Lunatic asylums Central Provinces reports 1910-1926 - 1910-1926
Year: 1910
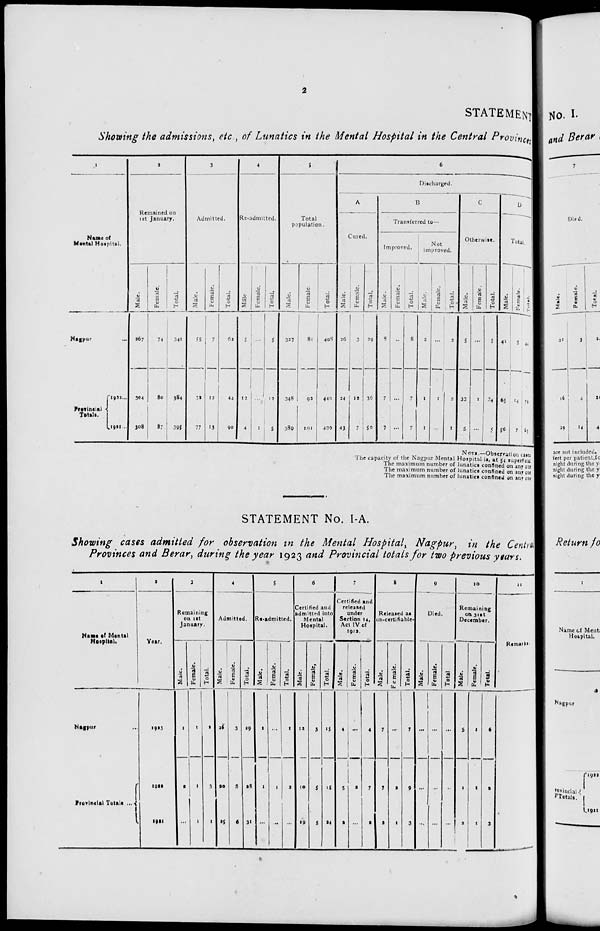
2
STATEMENT
Showing the admissions, etc., of Lunatics in the Mental Hospital in the Central Provinces
1
Name of
Mental Hospital.
Nagpur ...
Previncial
Totals.
1922 ...
1921 ...
2
Remained on
1 st January.
Male.
267
304
308
Female.
74
80
87
Total.
341
384
395
3
Admitted.
Male.
55
32
77
Female.
7
12
13
Total.
62
44
90
4
Re-admitted.
Māle
5
12
4
Female.
...
...
1
Total.
5
12
5
5
Total
population.
Male.
327
348
380
Female.
81
92
101
Total.
408
440
490
6
Discharged.
A
Cured.
Male.
26
24
43
Female.
3
12
7
Total.
29
36
50
B
Transferred to—
Improved.
Male.
8
7
7
Female.
...
...
...
Total.
8
7
7
Not
improved.
Male.
2
1
1
Female.
...
1
...
Total.
2
2
1
C
Otherwise.
Male.
5
33
5
Female.
...
1
...
Total.
5
34
5
D
Total.
Male.
41
65
56
Female.
3
14
7
Total.
44
79
63
NOTE.—Observation cases
The capacity of the Nagpur Mental Hospital is, at 54 superficial
The maximum number of lunatics confined on any one
The maximum number of lunatics confined on any one
The maximum number of lunatics confined on any one
STATEMENT No. I-A.
Showing cases admitted for observation in the Mental Hospital, Nagpur, in the Central
Provinces and Berar, during the year 1923 and Provincial totals for two previous years.
1
Name of Mental
Hospital.
Nagpur ...
Provincial Totals ...
2
Year.
1923
1922
1921
3
Remaining
on 1st
January.
Male.
1
2
...
Female.
1
1
1
Total.
2
3
1
4
Admitted.
Male.
26
20
25
Female.
3
8
6
Total.
29
28
31
5
Re-admitted.
Male.
1
1
...
Female.
...
1
...
Total.
1
2
...
6
Certified and
admitted into
Mental
Hospital.
Male.
12
10
19
Female.
3
5
5
Total.
15
15
24
7
Certified and
released
under
Section 14,
Act IV of
1912.
Male.
4
5
2
Female.
...
2
...
Total.
4
7
2
8
Released as
un-certifiable-
Male.
7
7
2
Female.
...
2
1
Total.
7
9
3
9
Died.
Male.
...
...
...
Female.
...
...
...
Total.
...
...
...
10
Remaining
on 31st
December.
Male.
5
1
2
Female.
1
1
1
Total.
6
2
3
11
Remarks.